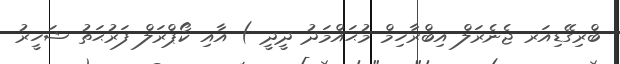
ބްރިގޭޑިއަރ ޖެނެރަލް އިބްރާހިމް މުޙައްމަދު ދީދީ ) އާއި ކޯޕްރަލް ފަރުޙަތު ޝަހީރު